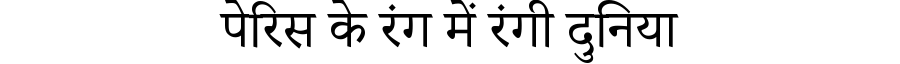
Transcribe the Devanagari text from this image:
पेरिस के रंग में रंगी दुनिया